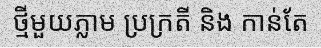
ថ្មីមួយភ្លាម ប្រក្រតី និង កាន់តែ